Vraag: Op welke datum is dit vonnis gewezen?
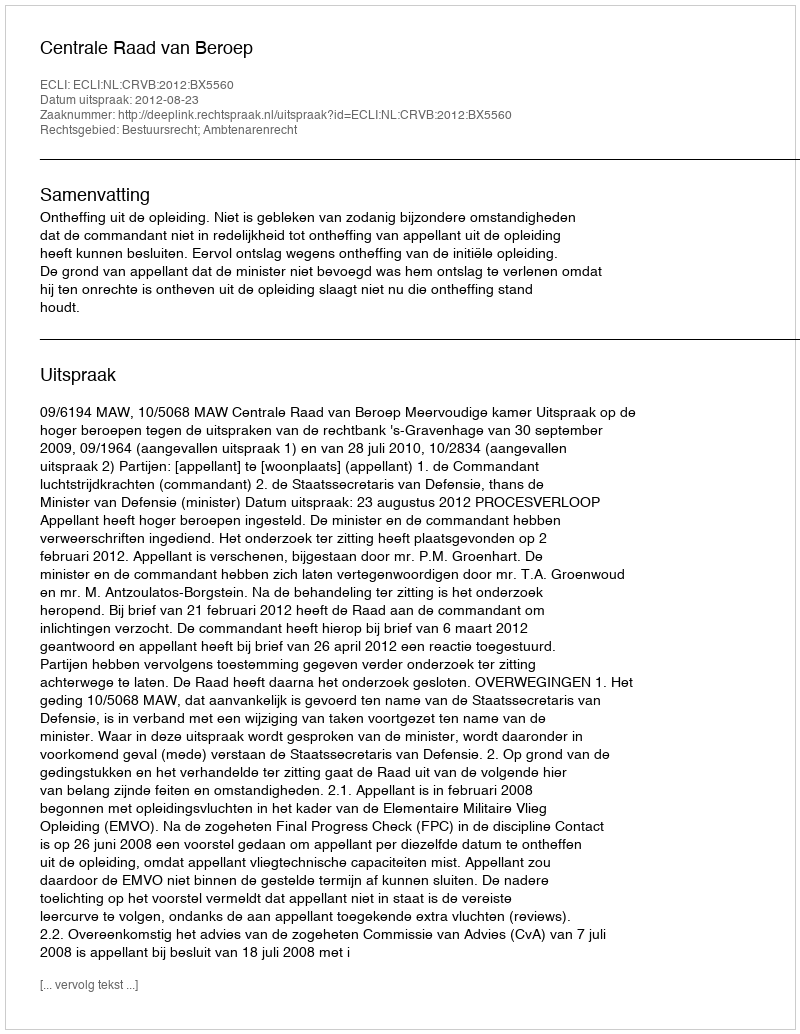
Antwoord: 2012-08-23